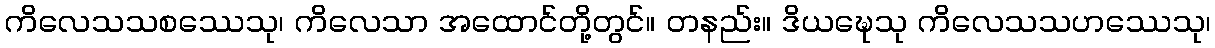
ကိလေသသစဿေသု၊ ကိလေသာ အထောင်တို့တွင်။ တနည်း။ ဒိယဍ္ဎေသု ကိလေသသဟဿေသု၊